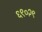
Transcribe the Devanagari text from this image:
६९०२९